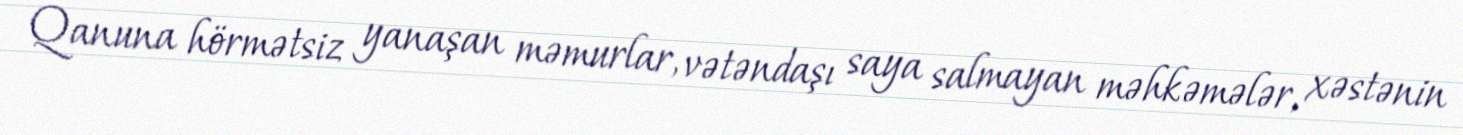
Qanuna hörmətsiz yanaşan məmurlar, vətəndaşı saya salmayan məhkəmələr, xəstənin